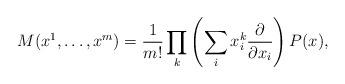
\begin{align*}M(x^1,\dots,x^m)=\frac{1}{m!}\prod_k\left(\sum\limits_i x_i^k\frac{\partial}{\partial x_i}\right)P(x),\end{align*}